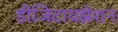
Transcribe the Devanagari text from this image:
डीजिटायझेशन